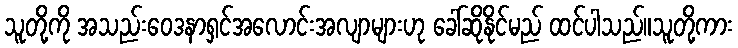
သူတို့ကို အသည်းဝေဒနာရှင်အလောင်းအလျာများဟု ခေါ်ဆိုနိုင်မည် ထင်ပါသည်။သူတို့ကား